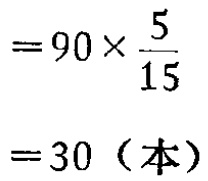
\[

\begin{align*}

&=90\times\frac{5}{15}\\

&=30（本）

\end{align*}

\]